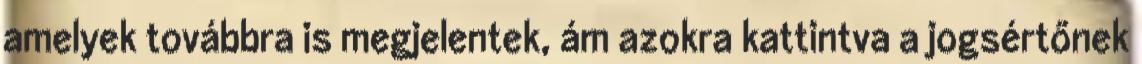
amelyek továbbra is megjelentek, ám azokra kattintva a jogsértőnek